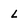
Character: l